Medical and sanitary report of the native army of Bengal for the year
Year: 1878
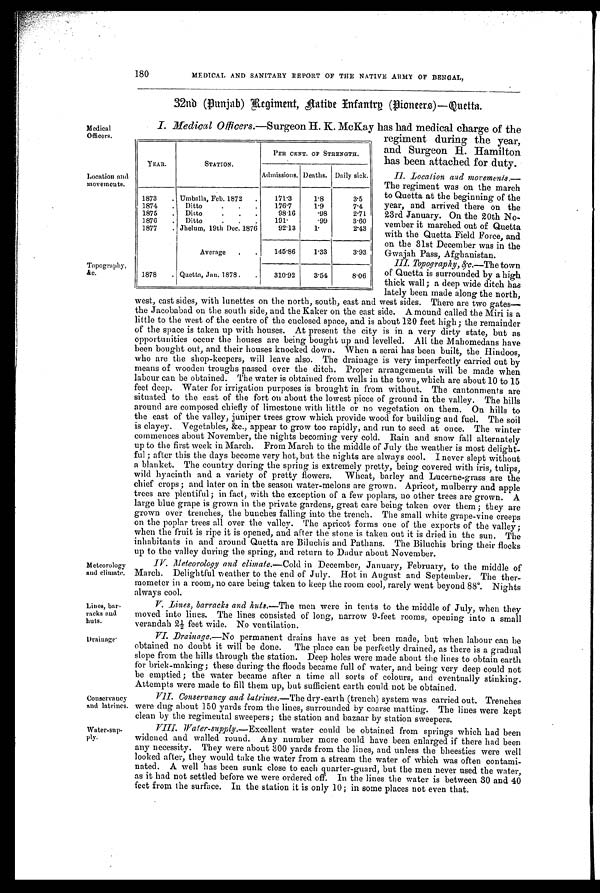
180
MEDICAL AND SANITARY REPORT OF THE NATIVE ARMY OF BENGAL,
Medical
Officers.
Location and
movements.
Topography, &c.
Meteorology
and climate.
Lines, bar-
racks and
huts.
Drainage
Conservancy
and latrines.
Water-sup-
Ply.
32nd (Punjab) Regiment, native Infantry (pioneers.)—Quetta.
I. Medical Officers.—Surgeon H. K. McKay has had medical charge of the
regiment during the year,
and Surgeon H. Hamilton
has been attached for duty.
II. Location and movements.—
The regiment was on the march
to Quetta at the beginning of the
year, and arrived there on the
23rd January. On the 20th No-
vember it marched out of Quetta
with the Quetta Field Force, and
on the 31st December was in the
Gwajah Pass, Afghanistan.
III. Topography, &.c.—T h e
t o w n
of Quetta is surrounded by a high
thick wall ; a deep wide ditch has
lately been made along the north,
west, east sides, with lunettes on the north, south, east and west sides. There are two gates—
the Jacobabad on the south side, and the Kaker on the east side. A mound called the Miri is a
little to the west of the centre of the enclosed space, and is about 120 feet high; the remainder
of the space is taken up with houses. At present the city is in a very dirty state, but as
opportunities occur the houses are being bought up and levelled. All the Mahomedans have
been bought out, and their houses knocked down. When a serai has been built, the Hindoos,
who are the shop-keepers, will leave also. The drainage is very imperfectly carried out by
means of wooden troughs passed over the ditch. Proper arrangements will be made when
labour can be obtained. The water is obtained from wells in the town, which are about 10 to 15
feet deep. Water for irrigation purposes is brought in from without. The cantonments are
situated to the east of the fort on about the lowest piece of ground in the valley. The hills
around are composed chiefly of limestone with little or no vegetation on them. On hills to
the east of the valley, juniper trees grow which provide wood for building and fuel. The soil
is clayey. Vegetables, &c., appear to grow too rapidly, and run to seed at once. The winter
commences about November, the nights becoming very cold. Rain and snow fall alternately
up to the first week in March. From March to the middle of July the weather is most delight-
ful ; after this the clays become very hot, but the nights are always cool. I never slept without
a blanket. The country during the spring is extremely pretty, being covered with iris, tulips,
wild hyacinth and a variety of pretty flowers. Wheat, barley and Lucerne-grass are the
chief crops; later on in the season water-melons are grown. Apricot, mulberry and apple
trees are pentiful; in fact, with the exception of a few poplars, no other trees are grown. A
large blue grape is grown in the private gardens, great care being taken over them ; they are
g r o w n o v e r t r e n c h e s , t h e b u n c h e s f a l l i n g i n t o t h e t r e n c h . T h e s m a l l w h i t e g r a p e - v i n e c r e e p s
on the poplar trees all over the valley. The apricot forms one of the exports of the valley;
when the fruit is ripe it is opened, and after the stone is taken out it is dried in the sun. The
inhabitants in and around Quetta are Biluchis and Pathans. The Biluchis bring their flocks
up to the valley during the spring, and return to Dadur about November.
I V . M e t e o r o l o g y a n d c l i m a t e . —C
o l d
i n D e c e m b e r , J a n u a r y , F e b r u a r y , t o t h e m i d d l e o f
March. Delightful weather to the end of July. Hot in August and September. The ther-
mometer in a room, no care being taken to keep the room cool, rarely went beyond 88°. Nights
always cool.
V . L i n e s , b a r r a c k s a n d h u t s . —T
h e
m e n w e r e i n t e n t s t o t h e m i d d l e o f J u l y , w h e n t h e y
moved into lines. The lines consisted of long, narrow 9-feet rooms, opening into a small
verandah 2½ feet wide. No ventilation.
V I .
D r a i n a g e
. —
N o
p e r m a n e n t d r a i n s h a v e a s y e t b e e n m a d e , b u t w h e n l a b o u r c a n b e
obtained no doubt it will be done. The place can be perfectly drained, as there is a gradual
slope from the hills through the station. Deep holes were made about the lines to obtain earth
for brick-making; these during the floods became full of water, and being very deep could not
be emptied ; the water became after a time all sorts of colours, and eventually stinking.
Attempts were made to fill them up, but sufficient earth could not be obtained.
V I I . C o n s e r v a n c y a n d l a t r i n e s . —T
h e
d r y - e a r t h ( t r e n c h ) s y s t e m w a s c a r r i e d o u t . T r e n c h e s
were dug about 150 yards from the lines, surrounded by coarse matting. The lines were kept
clean by the regimental sweepers; the station and bazaar by station sweepers.
V I I I
. W a t e r - s u p p l y
. — E x c e l l e n t w a t e r c o u l d b e o b t a i n e d f r o m s p r i n g s w h i c h h a d b e e n
widened and walled round. Any number more could have .been enlarged if there had been
any necessity. They were about 300 yards from the lines, and unless the bheesties were well
looked after, they would take the water from a stream the water of which was often contami-
nated. A well has been sunk close to each quarter-guard, but the men never used the water,
as it had not settled before we were ordered off. In the lines the water is between 30 and 40
feet from the surface. In the station it is only 10; in some places not even that.
YEAR.
STATION.
PER CENT. OF STRENGTH.
Admissions. Deaths. Daily sick.
1873 . Umballa, Feb. 1872 . 171.3
1.8
3.5
1874 . Ditto
. . . 176.7
1.9
7.4
1875 . Ditto
98.16 .98
2.71
1876 . Ditto
191
.99
3.60
1877 . Jhelum, 19th Dec. 1876
92.13 1.
2.43
Average
. . 145.86 1.33
3.93
1878 . Quetta, Jan. 1878. . 310.92 3.54
8.06